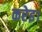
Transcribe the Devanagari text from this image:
करेइ।